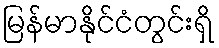
မြန်မာနိုင်ငံတွင်းရှိ